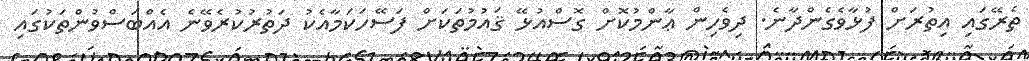
ތެރޭގައި އިތުރަށް ފުޅާވެގެންދާނެ. ދިވެހިން ޢާންމުކޮށް ގޮސްއުޅޭ ޤައުމުތަކަށް ފަސޭހަކަމާއެކު ދަތުރުކުރެވޭނެ އެއްބަސްވުންތަކުގައި